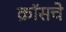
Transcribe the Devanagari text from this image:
क्रॉसचे